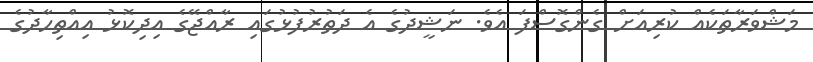
މަޝްވަރާތަކެއް ކުރިއަށް ގެންގޮސްފަ އެވެ. ނަޝީދުގެ އެ ދަތުރުފުޅުގައި ރާއްޖޭގެ އިދިކޮޅު އިއްތިހާދުގެ